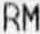
RM